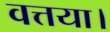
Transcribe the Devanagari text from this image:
वत्तया।